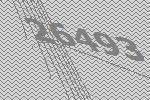
26493